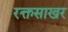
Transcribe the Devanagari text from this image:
रक्तसाखर